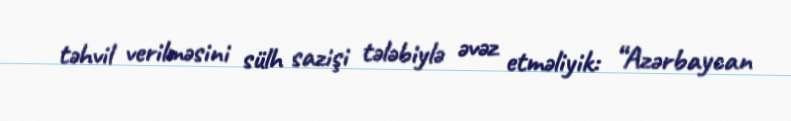
təhvil verilməsini sülh sazişi tələbiylə əvəz etməliyik: “Azərbaycan